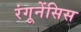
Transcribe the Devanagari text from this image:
रंगूनेंसिस